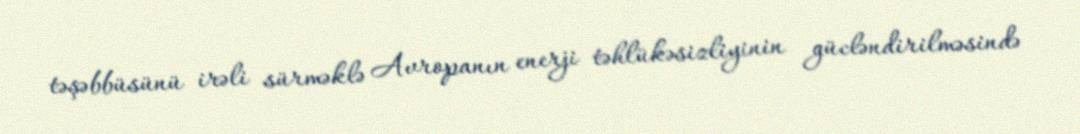
təşəbbüsünü irəli sürməklə Avropanın enerji təhlükəsizliyinin gücləndirilməsində